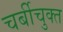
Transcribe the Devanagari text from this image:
चर्बीचुक्त